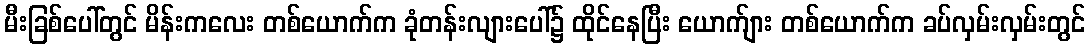
မီးခြစ်ပေါ်တွင် မိန်းကလေး တစ်ယောက်က ခုံတန်းလျားပေါ်၌ ထိုင်နေပြီး ယောက်ျား တစ်ယောက်က ခပ်လှမ်းလှမ်းတွင်